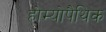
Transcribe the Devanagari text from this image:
होम्‍योपैथिक